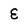
Character: E